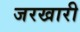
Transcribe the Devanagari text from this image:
जरखारी